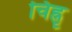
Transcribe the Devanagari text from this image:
चिह्नृ